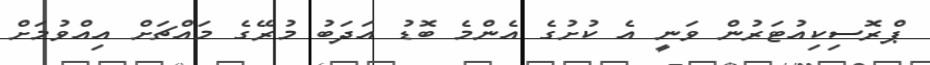
ޕްރޮސިކިއުޓަރުން ވަނީ އެ ކުށުގެ އެންމެ ބޮޑު އަދަބު މުރޭގެ މައްޗަށް އިއްވުމަށް